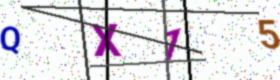
Text: QX15